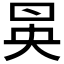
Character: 𠱵